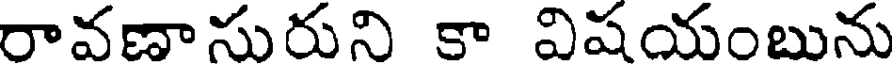
రావణాసురుని కా విషయంబును